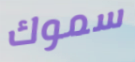
سموك